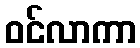
ဝင်လာကာ